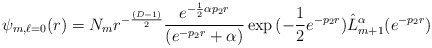
\begin{align*}\psi_{m,\ell=0}(r)=N_mr^{-\frac{(D-1)}{2}}\frac{e^{-\frac{1}{2}\alpha p_2r}}{(e^{-p_2r}+\alpha)}\exp{(-\frac{1}{2}e^{-p_2r})}\hat{L}_{m+1}^{\alpha}(e^{-p_2r})\end{align*}